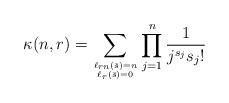
LaTeX: \begin{align*} \kappa(n,r)=\sum_{\ell_{rn}(\bar s)=n \atop \ell_r(\bar s)=0}\prod_{j=1}^n\frac{1}{j^{s_j} s_j!} \end{align*}